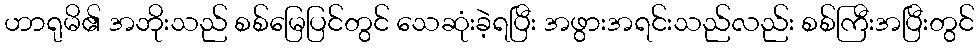
ဟာရုမိ၏ အဘိုးသည် စစ်မြေပြင်တွင် သေဆုံးခဲ့ရပြီး အဖွားအရင်းသည်လည်း စစ်ကြီးအပြီးတွင်